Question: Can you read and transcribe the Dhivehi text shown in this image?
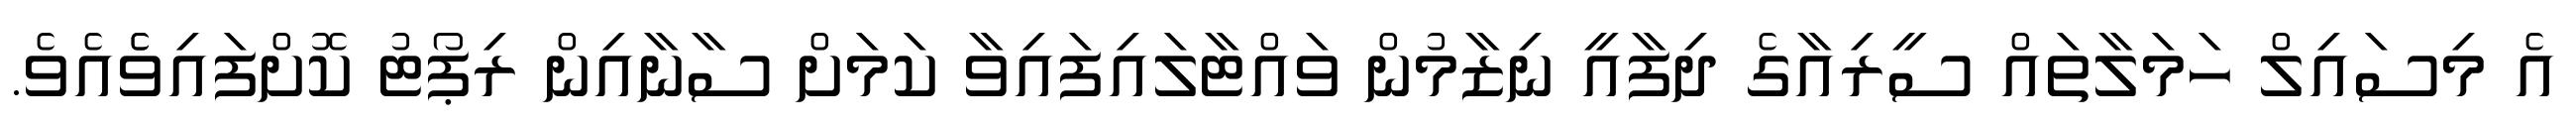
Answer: އެ މިސައިލް ހަމަލާތައް ސީރިއާގެ ދިފާއީ ނިޒާމުން ވައްޓާލައިފައިވާ ކަމަށް ސާނާއިން ރިޕޯޓު ކޮށްފައިވެެއެވެ.